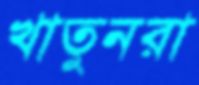
খাতুনরা